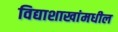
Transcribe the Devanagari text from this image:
विद्याशाखांमधील